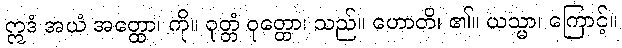
ဣဒံ အယံ အတ္ထော၊ ကို။ ဝုတ္တံ ဝုတ္တော၊ သည်။ ဟောတိ၊ ၏။ ယသ္မာ၊ ကြောင့်။